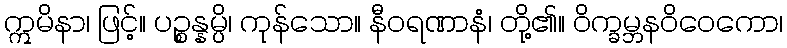
ဣမိနာ၊ ဖြင့်။ ပဉ္စန္နမ္ပိ၊ ကုန်သော။ နီဝရဏာနံ၊ တို့၏။ ဝိက္ခမ္ဘနဝိဝေကော၊